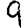
Digit: 9